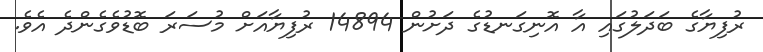
ރުފިޔާގެ ބަދަލުގައި އާ އޮނިގަނޑުގެ ދަށުން 14894 ރުފިޔާއަށް މުސަރަ ބޮޑުވެގެންދެ އެވެ.